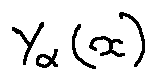
Y _ { \alpha } ( x )